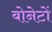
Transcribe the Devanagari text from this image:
बोनेटों